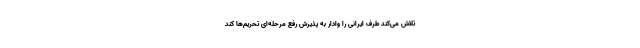
تلاش می‌کند طرف ایرانی را وادار به پذیرش رفع مرحله‌ای تحریم‌ها کند